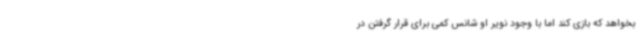
بخواهد که بازی کند اما با وجود نویر او شانس کمی برای قرار گرفتن در